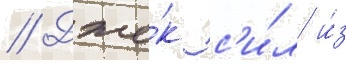
// Дже́к с'и́л и́з